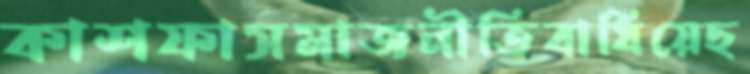
কাশফাসমাজনীতিবাধিয়েছ